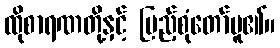
ထိုစာရဏတို့နှင့် ပြည့်စုံတော်မူ၏။